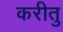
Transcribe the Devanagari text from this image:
करीतु